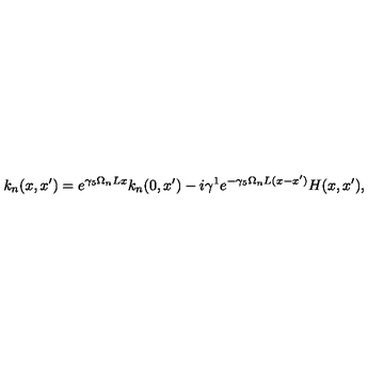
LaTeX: k _ { n } ( x , x ^ { \prime } ) = e ^ { \gamma _ { 5 } \Omega _ { n } L x } k _ { n } ( 0 , x ^ { \prime } ) - i \gamma ^ { 1 } e ^ { - \gamma _ { 5 } \Omega _ { n } L ( x - x ^ { \prime } ) } H ( x , x ^ { \prime } ) ,